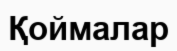
Қоймалар